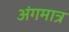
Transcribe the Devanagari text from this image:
अंगमात्र